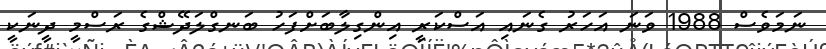
ނަމަވެސް 1988 ވަނަ އަހަރު ގެނައި އަސްކަރީ އިންގިލާބަށްފަހު ބަނގްލަދޭޝްގެ ރަސްމީ ދީނަކީ